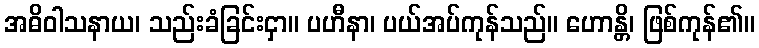
အဓိဝါသနာယ၊ သည်းခံခြင်းငှာ။ ပဟီနာ၊ ပယ်အပ်ကုန်သည်။ ဟောန္တိ၊ ဖြစ်ကုန်၏။